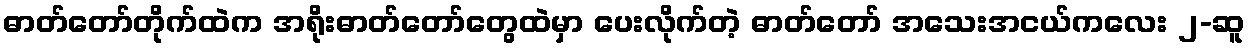
ဓာတ်တော်တိုက်ထဲက အရိုးဓာတ်တော်တွေထဲမှာ ပေးလိုက်တဲ့ ဓာတ်တော် အသေးအငယ်ကလေး ၂-ဆူ